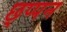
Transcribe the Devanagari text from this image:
छ्प्पन